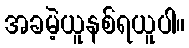
အခမဲ့ယူနစ်ရယူပါ။